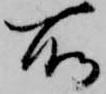
所